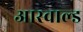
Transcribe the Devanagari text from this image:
आस्वाल्ड